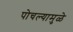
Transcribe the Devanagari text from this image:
पोचल्यामुळे